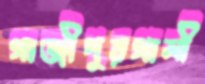
গাজীপুরগামী